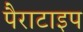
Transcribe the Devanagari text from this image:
पैराटाइप